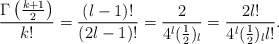
\begin{align*} \frac{\Gamma\left(\frac{k+1}{2}\right)}{k!} = \frac{(l-1)!}{(2l-1)!} = \frac{2}{4^l(\frac 12)_l}=\frac{2 l!}{4^l(\frac 12)_l l!}.\end{align*}